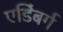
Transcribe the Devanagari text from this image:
एडिंबर्ग